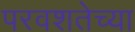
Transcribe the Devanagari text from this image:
परवशतेच्या